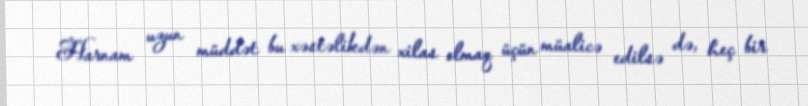
Harnam uzun müddət bu xəstəlikdən xilas olmaq üçün müalicə edilsə də, heç bir